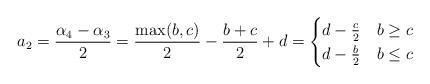
LaTeX: \begin{align*}a_2&=\frac{\alpha_4-\alpha_3}{2}=\frac{\max(b,c)}{2}-\frac{b+c}{2}+d=\begin{cases}d-\frac{c}{2}&b\geq c\\d-\frac{b}{2}&b\leq c\end{cases}\end{align*}